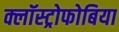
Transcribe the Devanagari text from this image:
क्लॉस्ट्रोफोबिया